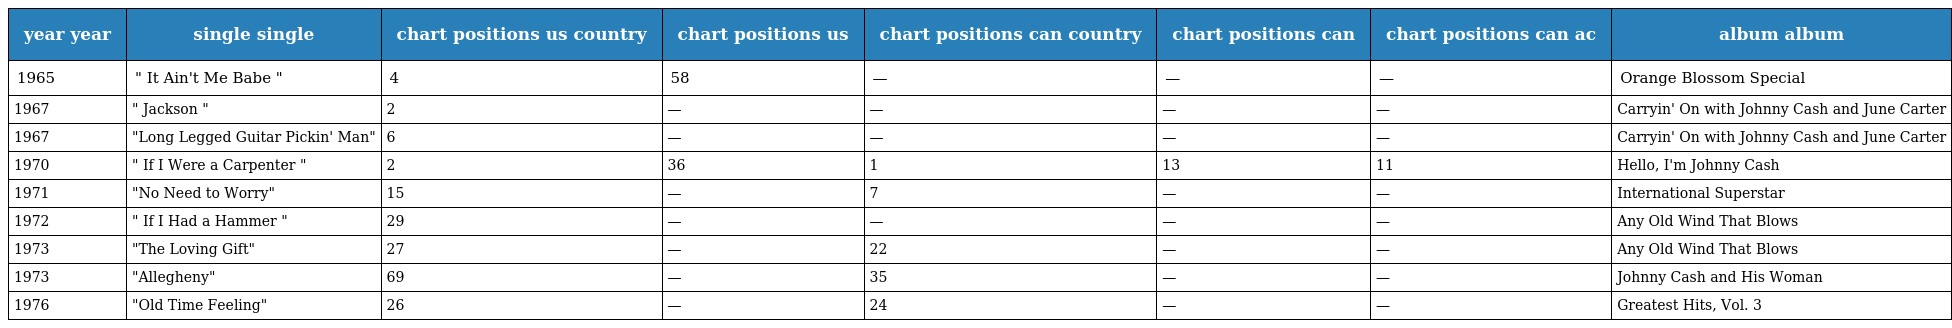
| year year | single single | chart positions us country | chart positions us | chart positions can country | chart positions can | chart positions can ac | album album |
 | --- | --- | --- | --- | --- | --- | --- | --- |
 | 1965 | " It Ain't Me Babe " | 4 | 58 | — | — | — | Orange Blossom Special |
 | 1967 | " Jackson " | 2 | — | — | — | — | Carryin' On with Johnny Cash and June Carter |
 | 1967 | "Long Legged Guitar Pickin' Man" | 6 | — | — | — | — | Carryin' On with Johnny Cash and June Carter |
 | 1970 | " If I Were a Carpenter " | 2 | 36 | 1 | 13 | 11 | Hello, I'm Johnny Cash |
 | 1971 | "No Need to Worry" | 15 | — | 7 | — | — | International Superstar |
 | 1972 | " If I Had a Hammer " | 29 | — | — | — | — | Any Old Wind That Blows |
 | 1973 | "The Loving Gift" | 27 | — | 22 | — | — | Any Old Wind That Blows |
 | 1973 | "Allegheny" | 69 | — | 35 | — | — | Johnny Cash and His Woman |
 | 1976 | "Old Time Feeling" | 26 | — | 24 | — | — | Greatest Hits, Vol. 3 |